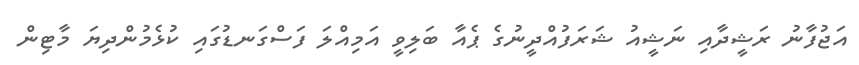
އަޖުފާނު ރަޝީދާއި ނަޝީއު ޝަރަފުއްދީނުގެ ޕެއާ ބަލިވީ އަމިއްލަ ފަސްގަނޑުގައި ކުޅެމުންދިޔަ މާޓިން